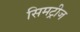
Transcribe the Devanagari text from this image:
सिमट्रीज